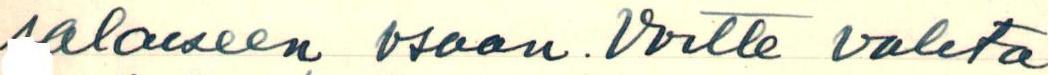
salaiseen osaan. Voitte valita